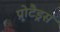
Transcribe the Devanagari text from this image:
प्रोटैड्रस